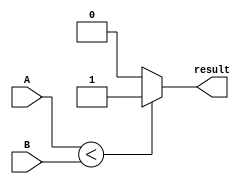
module signed_comparator(
    input signed [31:0] A,
    input signed [31:0] B,
    output reg result
);

always @ (A, B) begin
    if (A < B) begin
        result = 1;
    end else if (A > B) begin
        result = 0;
    end else begin
        result = 0;
    end
end

endmodule